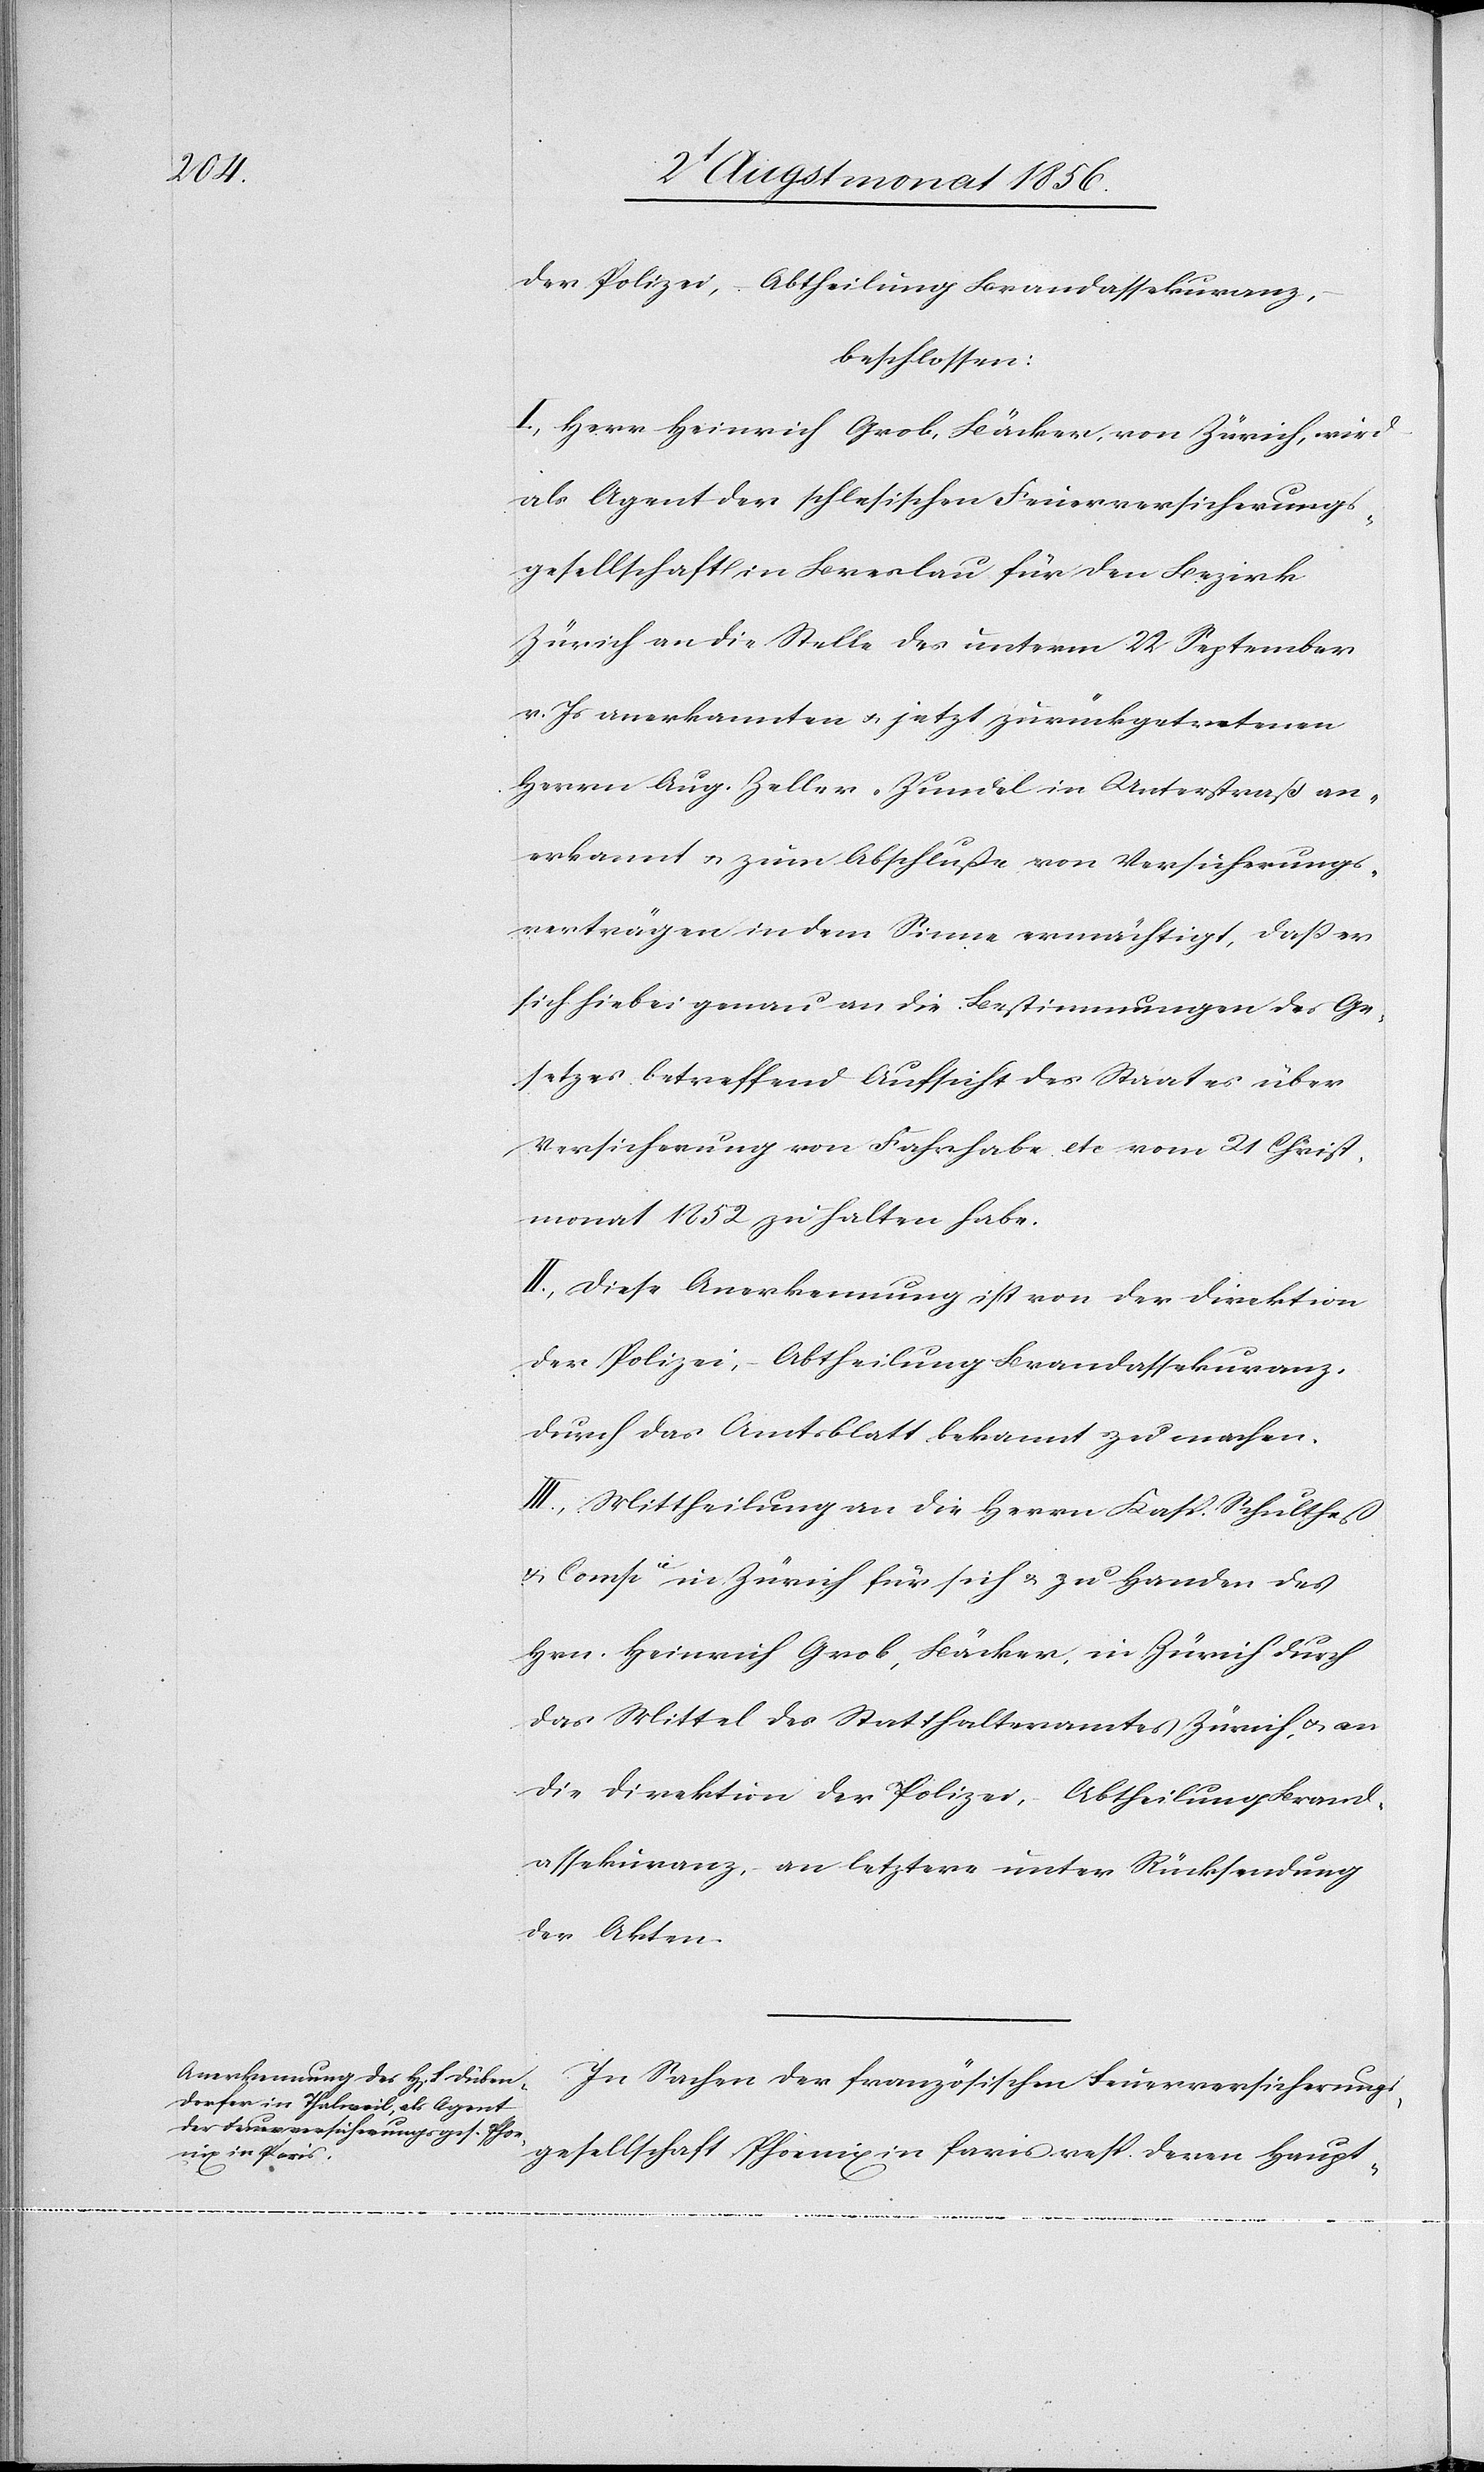
der Polizei, Abtheilung Brandassekurenz,
beschlossen:
I.) Herr Heinrich Grob, Bäcker, von Zürich, wird
als Agent der schlesischen Feuerversicherungs¬
gesellschaft in Breslau für den Bezirk
Zürich an die Stelle des unterm 22 September
v. Js anerkannten u. jetzt zurückgetretenen
Herrn Aug. Zeller-Zundel in Unterstraß an¬
erkannt u. zum Abschluße von Versicherungs¬
verträgen in dem Sinne ermächtigt, dass er
sich hiebei genau an die Bestimmungen des Ge¬
setzes betreffend Aufsicht des Staates über
Versicherung von Fahrhabe etc vom 21 Christ¬
monat 1852 zu halten habe.
II.) Diese Anerkennung ist von der Direktion
der Polizei, – Abtheilung Brandassekuranz,
durch das Amtsblatt bekannt zu machen.
III.) Mittheilung an die Herrn Kasp. Schultheß
& Compie in Zürich für sich & zu Handen des
Hrn. Heinrich Grob, Bäcker, in Zürich durch
das Mittel des Statthalteramtes Zürich, u. an
die Direktion der Polizei, – Abtheilung Brand¬
assekuranz, – an letztere unter Rücksendung
der Akten.
In Sachen der französischen Feuerversicherungs¬
gesellschaft Phoenix in Paris resp. deren Haupt-